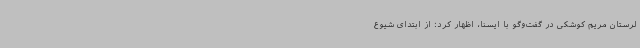
لرستان مریم کوشکی در گفت‌وگو با ایسنا، اظهار کرد: از ابتدای شیوع